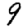
Digit: 9